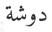
دوشة